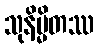
သုနိမ္မိတဿ